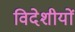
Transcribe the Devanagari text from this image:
विदेशीयों